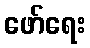
ဖော်ရေး